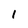
Character: 1